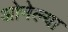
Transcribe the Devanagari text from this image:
ओनेल्या